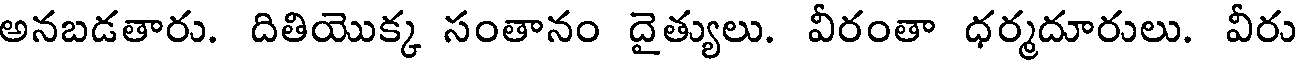
అనబడతారు. దితియొక్క సంతానం దైత్యులు. వీరంతా ధర్మదూరులు. వీరు